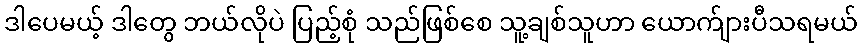
ဒါပေမယ့် ဒါတွေ ဘယ်လိုပဲ ပြည့်စုံ သည်ဖြစ်စေ သူ့ချစ်သူဟာ ယောက်ျားပီသရမယ်